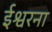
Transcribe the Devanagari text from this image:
ईश्वरना